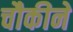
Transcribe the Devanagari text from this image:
चौकीने